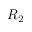
R _ { 2 }